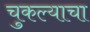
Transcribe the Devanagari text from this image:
चुकल्याचा